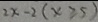
2 x - 2 ( x \geqslant 5 )